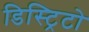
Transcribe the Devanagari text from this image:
डिस्ट्रिटो